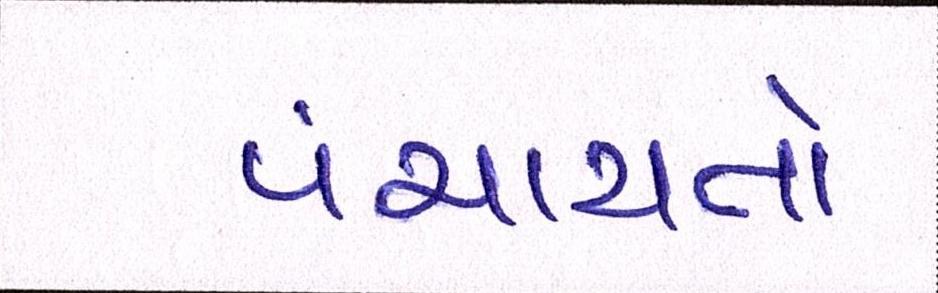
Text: પંચાયતો